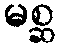
မစ္ဆ